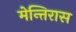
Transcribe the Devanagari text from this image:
मेन्तिरास